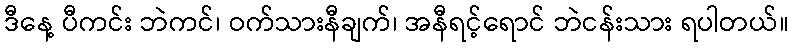
ဒီနေ့ ပီကင်း ဘဲကင်၊ ဝက်သားနီချက်၊ အနီရင့်ရောင် ဘဲငန်းသား ရပါတယ်။